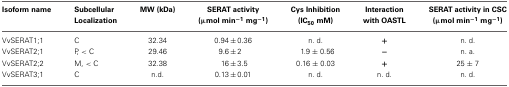
<table><thead><tr><td><b>Isoform name</b></td><td><b>Subcellular Localization</b></td><td><b>MW (kDa)</b></td><td><b>SERAT activity (μmol min<sup>−1</sup> mg<sup>−1</sup>)</b></td><td><b>Cys Inhibition (IC<sub>50</sub> mM)</b></td><td><b>Interaction with OASTL</b></td><td><b>SERAT activity in CSC (μmol min<sup>−1</sup> mg<sup>−1</sup>)</b></td></tr></thead><tbody><tr><td>VvSERAT1;1</td><td>C</td><td>32.34</td><td>0.94 ± 0.36</td><td>n. d.</td><td>+</td><td>n. d.</td></tr><tr><td>VvSERAT2;1</td><td>P, &lt; C</td><td>29.46</td><td>9.6 ± 2</td><td>1.9 ± 0.56</td><td>−</td><td>n. a.</td></tr><tr><td>VvSERAT2;2</td><td>M, &lt; C</td><td>32.38</td><td>16 ± 3.5</td><td>0.16 ± 0.03</td><td>+</td><td>25 ± 7</td></tr><tr><td>VvSERAT3;1</td><td>C</td><td>n.d.</td><td>0.13 ± 0.01</td><td>n. d.</td><td>n. d.</td><td>n. d.</td></tr></tbody></table>